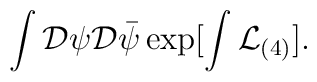
\int{\cal D}\psi{\cal D}\bar{\psi}\exp[\int {\cal L}_{(4)}].